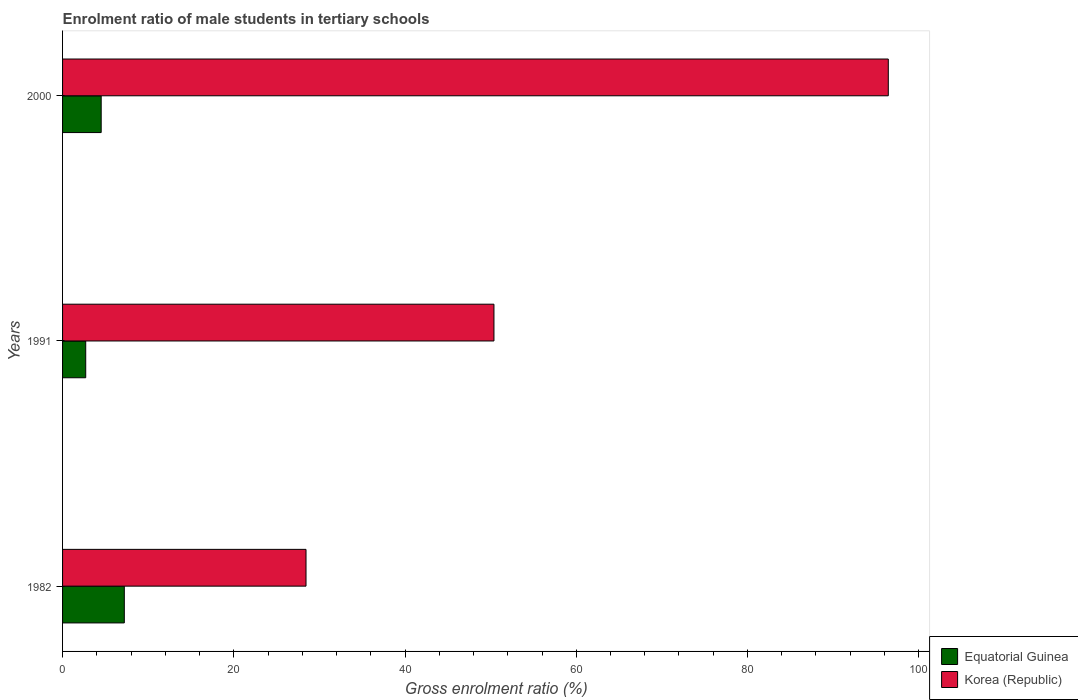
| Years | Equatorial Guinea | Korea (Republic) |
 | --- | --- | --- |
 | 1982 | 7.21 | 28.4 |
 | 1991 | 2.7 | 50.4 |
 | 2000 | 4.51 | 96.4 |